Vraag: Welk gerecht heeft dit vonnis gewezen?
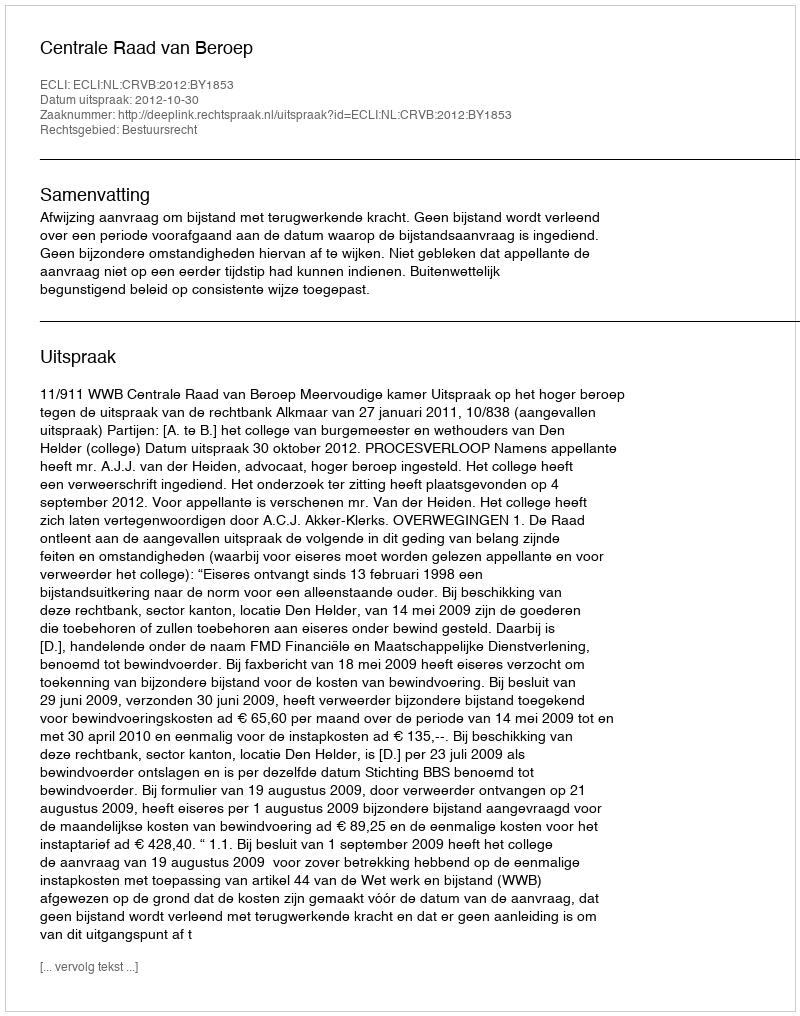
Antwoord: Centrale Raad van Beroep